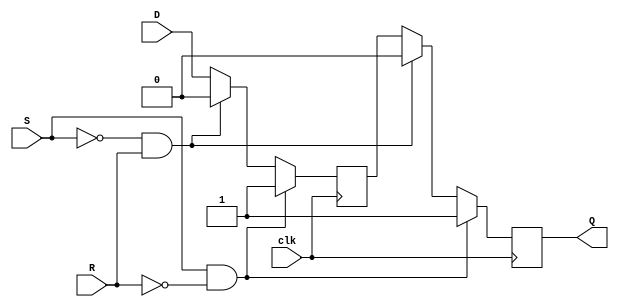
module master_slave_sr_ff (
    input wire clk,
    input wire S,
    input wire R,
    input wire D,
    output reg Q
);

// Master latch
wire M_out;
always @ (posedge clk) begin
    if (S && !R)
        M_out <= 1'b1;
    else if (!S && R)
        M_out <= 1'b0;
    else
        M_out <= D;
end

// Slave latch
always @ (posedge clk) begin
    if (S && !R)
        Q <= 1'b1;
    else if (!S && R)
        Q <= 1'b0;
    else
        Q <= M_out;
end

endmodule